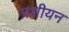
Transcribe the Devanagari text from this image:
प्रशीयन